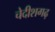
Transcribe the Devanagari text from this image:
चेदीशगढ़